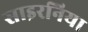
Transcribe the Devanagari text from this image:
साइरनिया